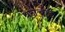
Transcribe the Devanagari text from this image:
पेनचौड